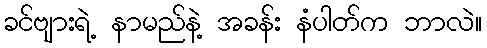
ခင်ဗျားရဲ့ နာမည်နဲ့ အခန်း နံပါတ်က ဘာလဲ။